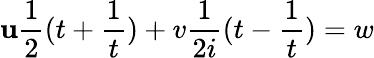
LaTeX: \mathbf{u}{\frac{{1}}{{2}}}(t+{\frac{{1}}{{t}}})+v{\frac{{1}}{{2i}}}(t-{\frac{{1}}{{t}}})=w